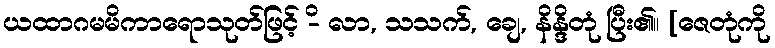
ယထာဂမမိကာရောသုတ်ဖြင့် -ိ လာ, သသက်, ချေ, နိန္ဒိတုံ ပြီး၏။ [ဇေတုံကို